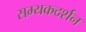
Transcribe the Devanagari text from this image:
सम्यकदर्शन